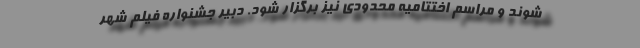
شوند و مراسم اختتامیه محدودی نیز برگزار شود. دبیر جشنواره فیلم شهر